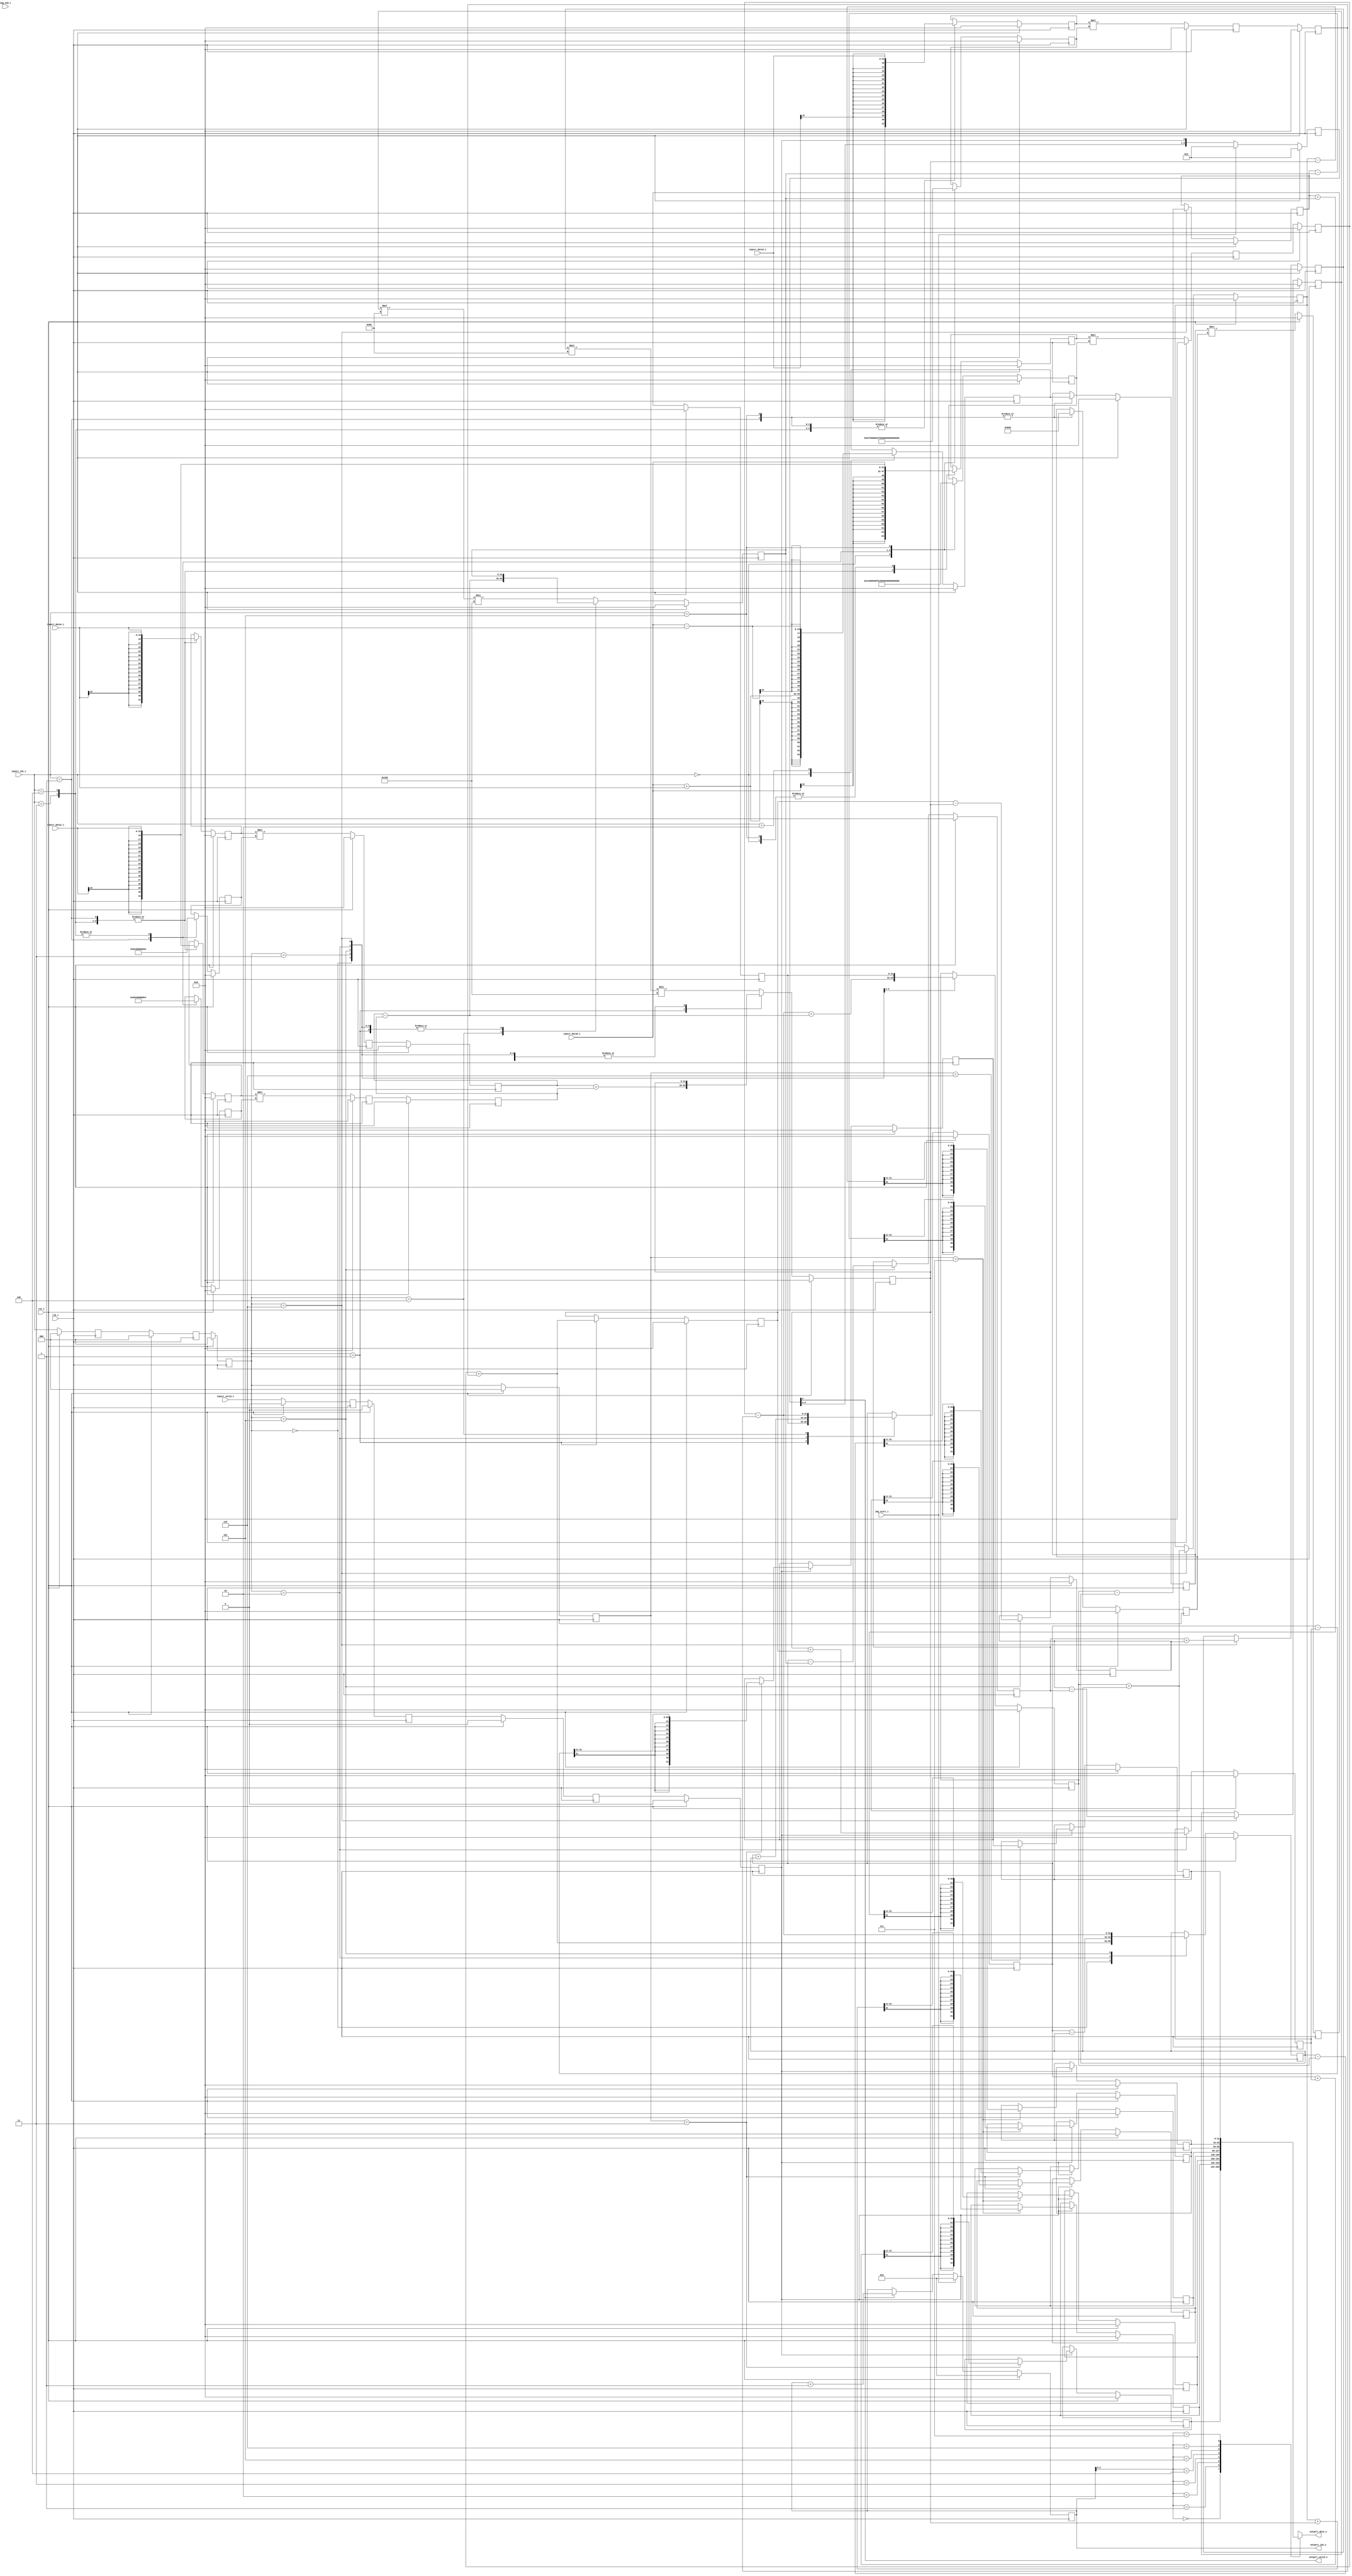
// This program was cloned from: https://github.com/ultraembedded/core_jpeg
// License: Apache License 2.0

//-----------------------------------------------------------------
//                      Baseline JPEG Decoder
//                             V0.1
//                       Ultra-Embedded.com
//                        Copyright 2020
//
//                   admin@ultra-embedded.com
//-----------------------------------------------------------------
//                      License: Apache 2.0
// This IP can be freely used in commercial projects, however you may
// want access to unreleased materials such as verification environments,
// or test vectors, as well as changes to the IP for integration purposes.
// If this is the case, contact the above address.
// I am interested to hear how and where this IP is used, so please get
// in touch!
//-----------------------------------------------------------------
// Copyright 2020 Ultra-Embedded.com
// 
// Licensed under the Apache License, Version 2.0 (the "License");
// you may not use this file except in compliance with the License.
// You may obtain a copy of the License at
// 
//     http://www.apache.org/licenses/LICENSE-2.0
// 
// Unless required by applicable law or agreed to in writing, software
// distributed under the License is distributed on an "AS IS" BASIS,
// WITHOUT WARRANTIES OR CONDITIONS OF ANY KIND, either express or implied.
// See the License for the specific language governing permissions and
// limitations under the License.
//-----------------------------------------------------------------

module jpeg_idct_x
//-----------------------------------------------------------------
// Params
//-----------------------------------------------------------------
#(
     parameter OUT_SHIFT        = 11
    ,parameter INPUT_WIDTH      = 16
)
//-----------------------------------------------------------------
// Ports
//-----------------------------------------------------------------
(
    // Inputs
     input           clk_i
    ,input           rst_i
    ,input           img_start_i
    ,input           img_end_i
    ,input           inport_valid_i
    ,input  [ 15:0]  inport_data0_i
    ,input  [ 15:0]  inport_data1_i
    ,input  [ 15:0]  inport_data2_i
    ,input  [ 15:0]  inport_data3_i
    ,input  [  2:0]  inport_idx_i

    // Outputs
    ,output          outport_valid_o
    ,output [ 31:0]  outport_data_o
    ,output [  5:0]  outport_idx_o
);




localparam [15:0] C1_16 = 4017; // cos( pi/16) x4096
localparam [15:0] C2_16 = 3784; // cos(2pi/16) x4096
localparam [15:0] C3_16 = 3406; // cos(3pi/16) x4096
localparam [15:0] C4_16 = 2896; // cos(4pi/16) x4096
localparam [15:0] C5_16 = 2276; // cos(5pi/16) x4096
localparam [15:0] C6_16 = 1567; // cos(6pi/16) x4096
localparam [15:0] C7_16 = 799;  // cos(7pi/16) x4096

wire signed [31:0] block_in_0_1 = {{16{inport_data0_i[15]}}, inport_data0_i};
wire signed [31:0] block_in_2_3 = {{16{inport_data1_i[15]}}, inport_data1_i};
wire signed [31:0] block_in_4_5 = {{16{inport_data2_i[15]}}, inport_data2_i};
wire signed [31:0] block_in_6_7 = {{16{inport_data3_i[15]}}, inport_data3_i};

//-----------------------------------------------------------------
// IDCT
//-----------------------------------------------------------------
reg signed [31:0] i0;
reg signed [31:0] mul0_a;
reg signed [31:0] mul0_b;
reg signed [31:0] mul1_a;
reg signed [31:0] mul1_b;
reg signed [31:0] mul2_a;
reg signed [31:0] mul2_b;
reg signed [31:0] mul3_a;
reg signed [31:0] mul3_b;
reg signed [31:0] mul4_a;
reg signed [31:0] mul4_b;

always @ (posedge clk_i )
if (rst_i)
begin
    i0     <= 32'b0;
    mul0_a <= 32'b0;
    mul0_b <= 32'b0;
    mul1_a <= 32'b0;
    mul1_b <= 32'b0;
    mul2_a <= 32'b0;
    mul2_b <= 32'b0;
    mul3_a <= 32'b0;
    mul3_b <= 32'b0;
    mul4_a <= 32'b0;
    mul4_b <= 32'b0;
end
else
begin
    /* verilator lint_off WIDTH */
    case (inport_idx_i)
    3'd0:
    begin
        i0     <= block_in_0_1 + block_in_4_5;
        mul0_a <= block_in_2_3;
        mul0_b <= C2_16;
        mul1_a <= block_in_6_7;
        mul1_b <= C6_16;
    end
    3'd1:
    begin
        mul0_a <= block_in_0_1;
        mul0_b <= C1_16;
        mul1_a <= block_in_6_7;
        mul1_b <= C7_16;
        mul2_a <= block_in_4_5;
        mul2_b <= C5_16;
        mul3_a <= block_in_2_3;
        mul3_b <= C3_16;
        mul4_a <= i0;
        mul4_b <= C4_16;
    end
    3'd2:
    begin
        i0     <= block_in_0_1 - block_in_4_5;
    end
    3'd3:
    begin
        mul0_a <= block_in_0_1;
        mul0_b <= C7_16;
        mul1_a <= block_in_6_7;
        mul1_b <= C1_16;
        mul2_a <= block_in_4_5;
        mul2_b <= C3_16;
        mul3_a <= block_in_2_3;
        mul3_b <= C5_16;
    end
    3'd4:
    begin
        mul0_a <= block_in_0_1;
        mul0_b <= C7_16;
        mul1_a <= block_in_6_7;
        mul1_b <= C1_16;
        mul2_a <= block_in_4_5;
        mul2_b <= C3_16;
        mul3_a <= block_in_2_3;
        mul3_b <= C5_16;
    end
    3'd5:
    begin
        mul0_a <= block_in_2_3;
        mul0_b <= C6_16;
        mul1_a <= block_in_6_7;
        mul1_b <= C2_16;
        mul4_a <= i0;
        mul4_b <= C4_16;
    end
    default:
        ;
    endcase
    /* verilator lint_on WIDTH */
end

reg signed [31:0] mul0_q;
reg signed [31:0] mul1_q;
reg signed [31:0] mul2_q;
reg signed [31:0] mul3_q;
reg signed [31:0] mul4_q;

always @ (posedge clk_i )
if (rst_i)
begin
    mul0_q <= 32'b0;
    mul1_q <= 32'b0;
    mul2_q <= 32'b0;
    mul3_q <= 32'b0;
    mul4_q <= 32'b0;
end
else
begin
    mul0_q <= mul0_a * mul0_b;
    mul1_q <= mul1_a * mul1_b;
    mul2_q <= mul2_a * mul2_b;
    mul3_q <= mul3_a * mul3_b;
    mul4_q <= mul4_a * mul4_b;
end

reg signed [31:0] mul0;
reg signed [31:0] mul1;
reg signed [31:0] mul2;
reg signed [31:0] mul3;
reg signed [31:0] mul4;

always @ (posedge clk_i )
if (rst_i)
begin
    mul0 <= 32'b0;
    mul1 <= 32'b0;
    mul2 <= 32'b0;
    mul3 <= 32'b0;
    mul4 <= 32'b0;
end
else
begin
    mul0 <= mul0_q;
    mul1 <= mul1_q;
    mul2 <= mul2_q;
    mul3 <= mul3_q;
    mul4 <= mul4_q;
end

reg        out_stg0_valid_q;
reg [2:0]  out_stg0_idx_q;

always @ (posedge clk_i )
if (rst_i)
begin
    out_stg0_valid_q <= 1'b0;
    out_stg0_idx_q   <= 3'b0;
end
else
begin
    out_stg0_valid_q <= inport_valid_i;
    out_stg0_idx_q   <= inport_idx_i;
end

reg        out_stg1_valid_q;
reg [2:0]  out_stg1_idx_q;

always @ (posedge clk_i )
if (rst_i)
begin
    out_stg1_valid_q <= 1'b0;
    out_stg1_idx_q   <= 3'b0;
end
else
begin
    out_stg1_valid_q <= out_stg0_valid_q;
    out_stg1_idx_q   <= out_stg0_idx_q;
end

reg        out_stg2_valid_q;
reg [2:0]  out_stg2_idx_q;

always @ (posedge clk_i )
if (rst_i)
begin
    out_stg2_valid_q <= 1'b0;
    out_stg2_idx_q   <= 3'b0;
end
else
begin
    out_stg2_valid_q <= out_stg1_valid_q;
    out_stg2_idx_q   <= out_stg1_idx_q;
end

reg signed [31:0] o_s5;
reg signed [31:0] o_s6;
reg signed [31:0] o_s7;
reg signed [31:0] o_t0;
reg signed [31:0] o_t1;
reg signed [31:0] o_t2;
reg signed [31:0] o_t3;
reg signed [31:0] o_t4;
reg signed [31:0] o_t5;
reg signed [31:0] o_t6;
reg signed [31:0] o_t7;
reg signed [31:0] o_t6_5;
reg signed [31:0] o_t5_6;

always @ (posedge clk_i )
if (rst_i)
begin
    o_s5   <= 32'b0;
    o_s6   <= 32'b0;
    o_s7   <= 32'b0;
    o_t0   <= 32'b0;
    o_t1   <= 32'b0;
    o_t2   <= 32'b0;
    o_t3   <= 32'b0;
    o_t4   <= 32'b0;
    o_t5   <= 32'b0;
    o_t6   <= 32'b0;
    o_t7   <= 32'b0;
    o_t6_5 <= 32'b0;
    o_t5_6 <= 32'b0;
end
else
begin
    case (out_stg2_idx_q)
    3'd0:
    begin
        o_t3 <= mul0 + mul1; // s3
    end
    3'd1:
    begin
        o_s7 <= mul0 + mul1;
        o_s6 <= mul2 + mul3;
        o_t0 <= mul4;        // s0
    end
    3'd2:
    begin
        o_t0 <= o_t0 + o_t3; // t0
        o_t3 <= o_t0 - o_t3; // t3
        o_t7 <= o_s6 + o_s7;
    end
    3'd3:
    begin
        o_t4 <= (mul0 - mul1) + (mul2 - mul3);
    end
    3'd4:
    begin
        o_t0 <= mul0 - mul1; // s4
        o_s5 <= mul2 - mul3;    
    end
    3'd5:
    begin
        o_t3 <= mul0 - mul1; // s2
        o_t4 <= mul4; // s1
        o_t5 <= o_t0 - o_s5;
        o_t6 <= o_s7 - o_s6;
    end
    3'd6:
    begin
        o_t1 <= o_t4 + o_t3;
        o_t2 <= o_t4 - o_t3;
        o_t6_5 <= o_t6 - o_t5;
        o_t5_6 <= o_t5 + o_t6;
    end
    default:
    begin
        o_s5 <= (o_t6_5 * 181) / 256; // 1/sqrt(2)
        o_s6 <= (o_t5_6 * 181) / 256; // 1/sqrt(2)
    end
    endcase
end

reg        out_stg3_valid_q;
reg [2:0]  out_stg3_idx_q;

always @ (posedge clk_i )
if (rst_i)
begin
    out_stg3_valid_q <= 1'b0;
    out_stg3_idx_q   <= 3'b0;
end
else
begin
    out_stg3_valid_q <= out_stg2_valid_q;
    out_stg3_idx_q   <= out_stg2_idx_q;
end

reg signed [31:0] block_out[0:7];
reg signed [31:0] block_out_tmp;

always @ (posedge clk_i )
if (rst_i)
begin
    block_out[0] <= 32'b0;
    block_out[1] <= 32'b0;
    block_out[2] <= 32'b0;
    block_out[3] <= 32'b0;
    block_out[4] <= 32'b0;
    block_out[5] <= 32'b0;
    block_out[6] <= 32'b0;
    block_out[7] <= 32'b0;
    block_out_tmp <= 32'b0;
end
else if (out_stg3_valid_q)
begin
    if (out_stg3_idx_q == 3'd3)
    begin
        block_out[0] <= ((o_t0 + o_t7) >>> OUT_SHIFT);
        block_out_tmp <= ((o_t0 - o_t7) >>> OUT_SHIFT); // block_out[7]
        block_out[3] <= ((o_t3 + o_t4) >>> OUT_SHIFT);
        block_out[4] <= ((o_t3 - o_t4) >>> OUT_SHIFT);
    end

    if (out_stg3_idx_q == 3'd6)
        block_out[7] <= block_out_tmp;

    if (out_stg3_idx_q == 3'd7)
    begin
        block_out[2] <= ((o_t2 + o_s5) >>> OUT_SHIFT);
        block_out[5] <= ((o_t2 - o_s5) >>> OUT_SHIFT);
        block_out[1] <= ((o_t1 + o_s6) >>> OUT_SHIFT);
        block_out[6] <= ((o_t1 - o_s6) >>> OUT_SHIFT);
    end
end

reg [7:0] valid_q;

always @ (posedge clk_i )
if (rst_i)
    valid_q  <= 8'b0;
else if (img_start_i)
    valid_q  <= 8'b0;
else
    valid_q <= {valid_q[6:0], out_stg3_valid_q};

reg [5:0] ptr_q;

always @ (posedge clk_i )
if (rst_i)
    ptr_q <= 6'd0;
else if (img_start_i)
    ptr_q <= 6'd0;
else if (outport_valid_o)
    ptr_q <= ptr_q + 6'd1;

assign outport_valid_o = valid_q[6];
assign outport_data_o  = block_out[ptr_q[2:0]];

assign outport_idx_o   = ptr_q;



endmodule